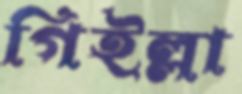
গিইল্লা